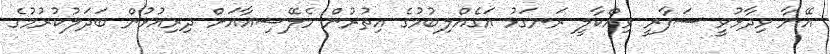
އޭނާ ވިދާޅުވީ ސަފާރީ ވިއްކާލީ ރަނގަޅު އަގެއްލިބުމުގެ އިތުރުން މެލޭޝިއާއަށް ދިރިއުޅުން ބަދަލުކުރުމުގެ